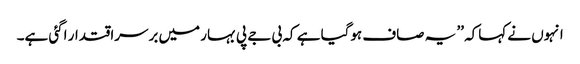
انہوں نے کہاکہ ’’ یہ صاف ہوگیا ہے کہ بی جے پی بہار میں برسراقتدار اگئی ہے۔